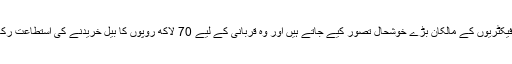
گارمنٹ فیکٹریوں کے مالکان بڑے خوشحال تصور کیے جاتے ہیں اور وہ قربانی کے لیے 70 لاکھ روپوں کا بیل خریدنے کی استطاعت رکھتے ہیں۔